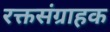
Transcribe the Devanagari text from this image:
रक्तसंग्राहक